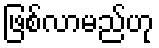
ဖြစ်လာမည်ဟု